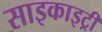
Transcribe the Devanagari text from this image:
साइकाइट्री